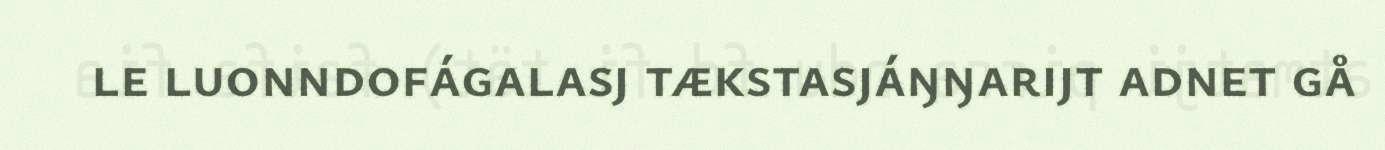
le luonndofágalasj tækstasjáŋŋarijt adnet gå